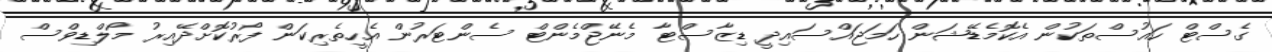
ގެސްޓް ހައުސްތަކުން އެކޮމެޑޭޝަން ހަމަޖައްސައިދީ ޑިޒާސްޓާ މެނޭޖްމެންޓް ސެންޓަރުން އެހީތެރިކަން ފޯރުކޮށްދޭއިރު މޯލްޑިވްސް